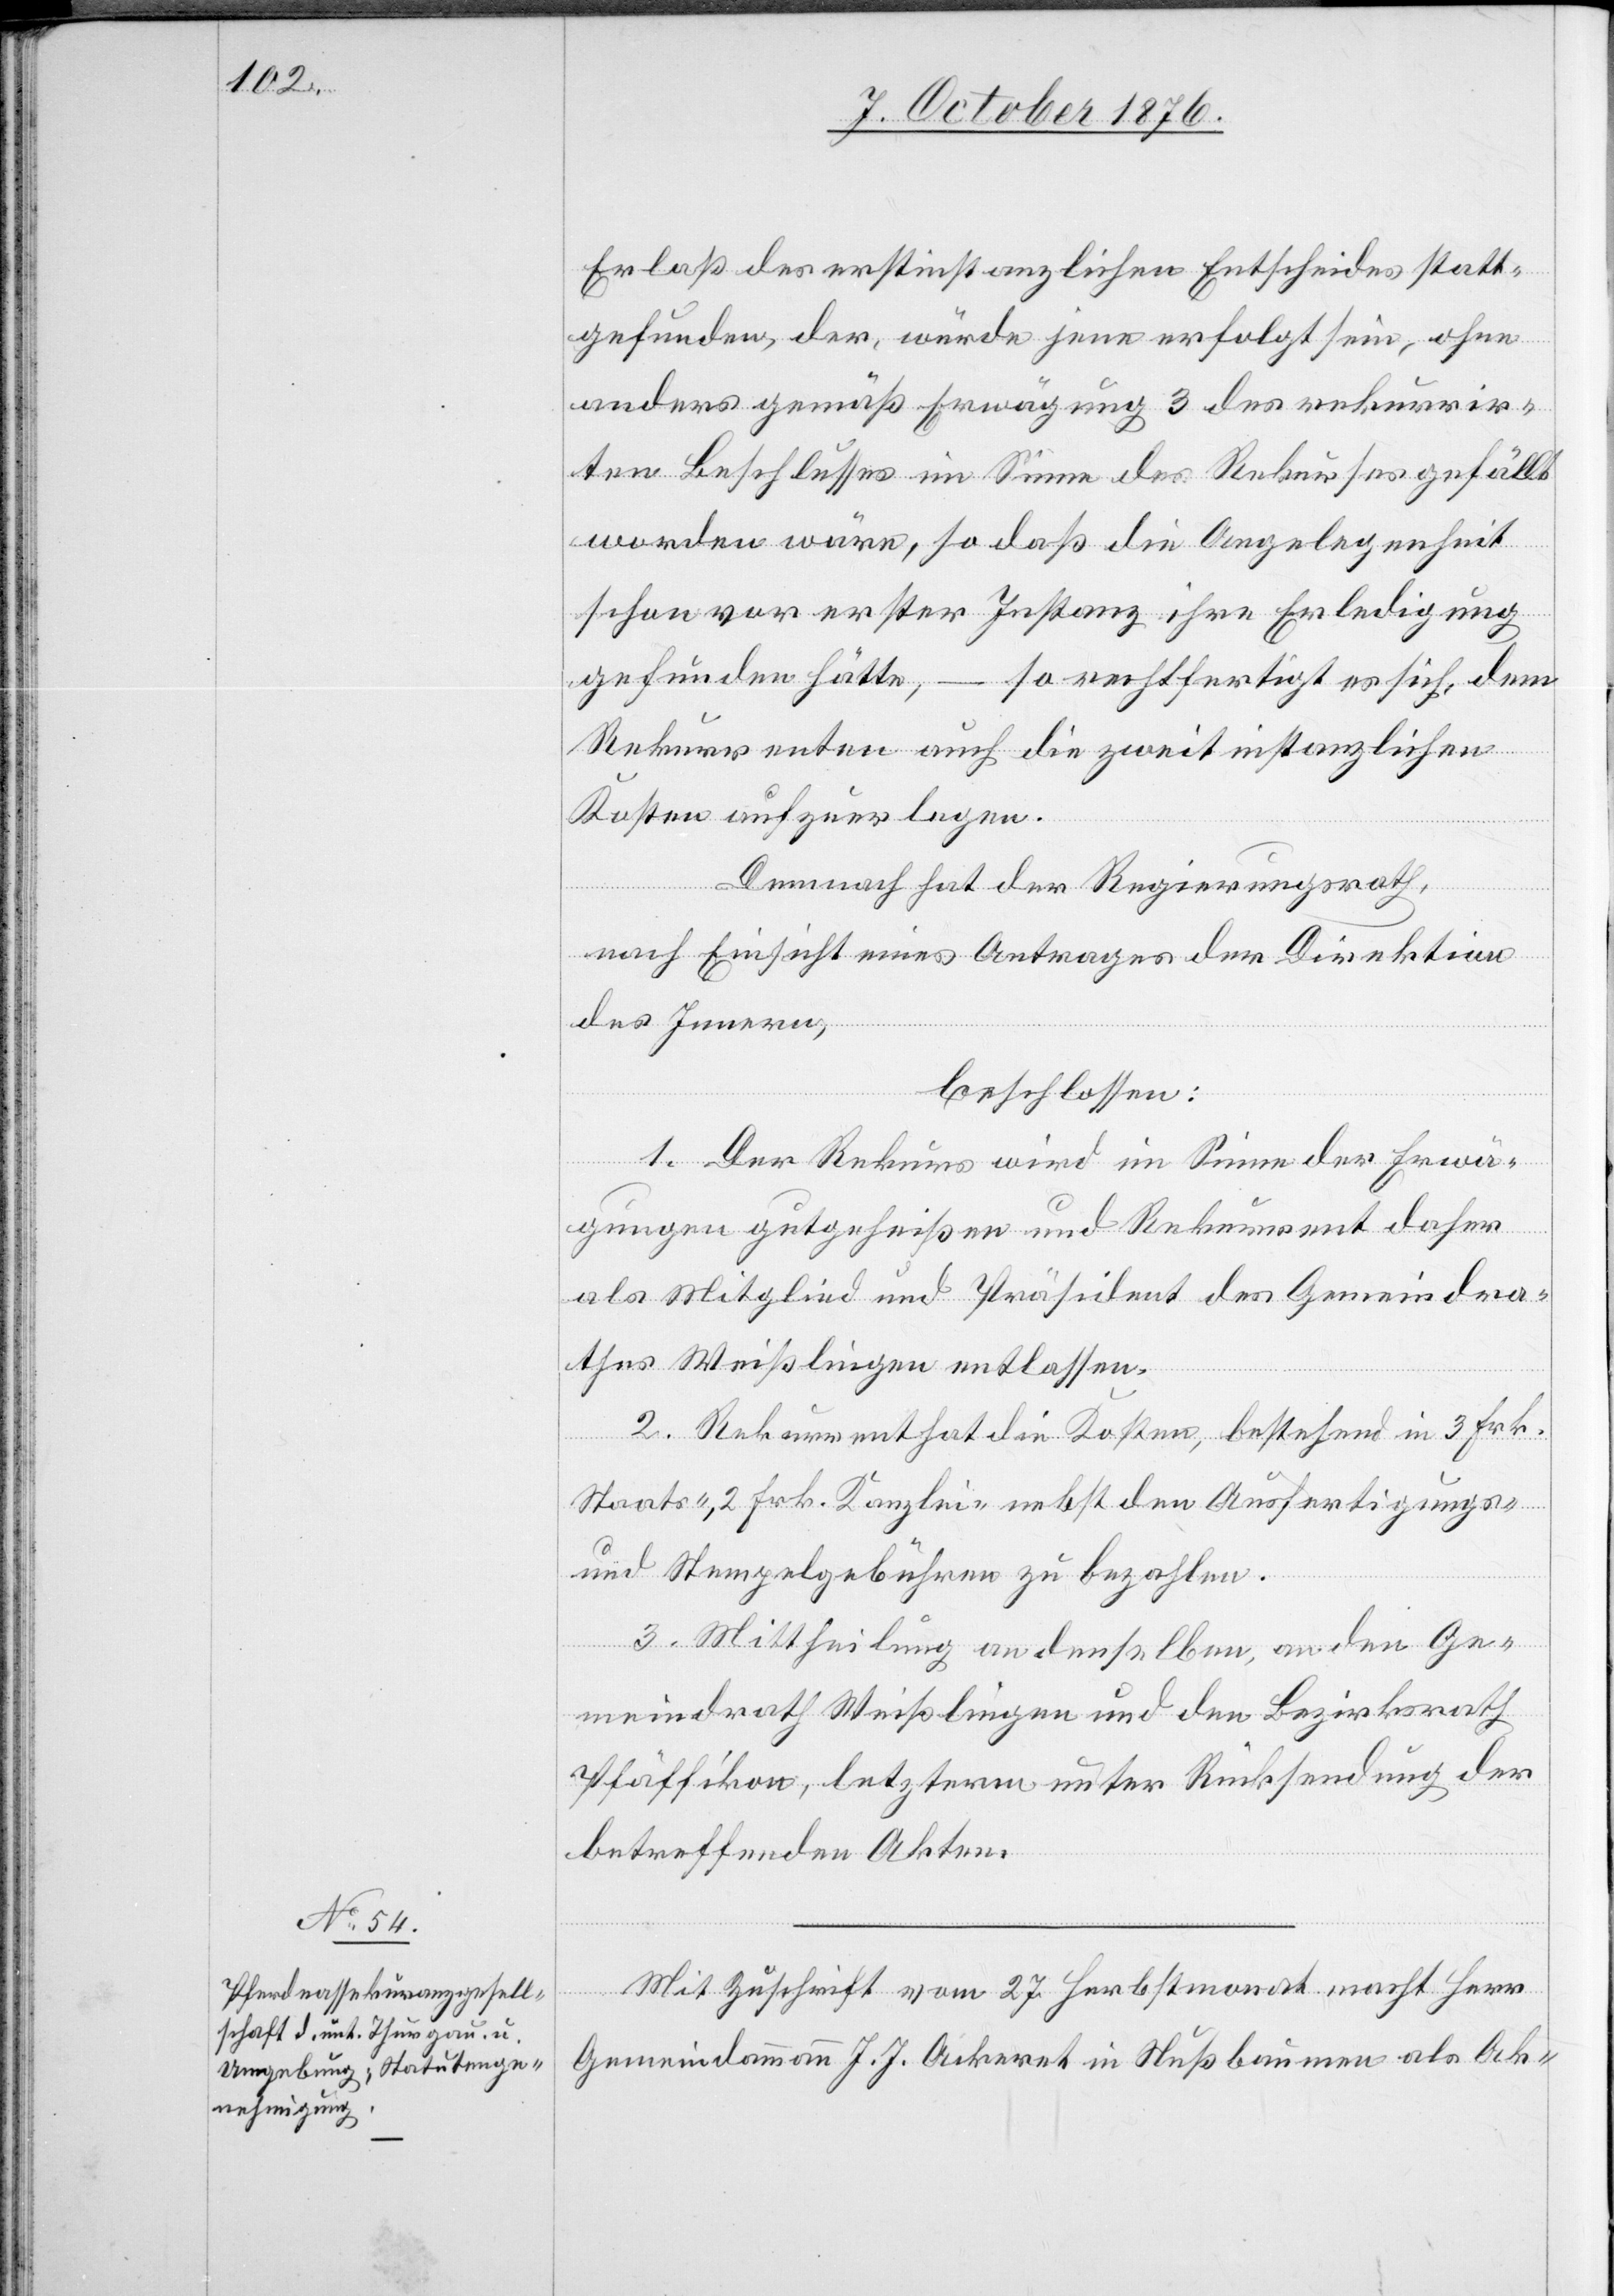
Erlaß des erstinstanzlichen Entscheides statt¬
gefunden, der, würde jene erfolgt sein, ohne
anders gemäß Erwägung 3 des rekurrir¬
ten Beschlusses im Sinne des Rekurses gefällt
worden wäre, so daß die Angelegenheit
schon vor erster Instanz ihre Erledigung
gefunden hätte, –
so rechtfertigt es sich, dem
Rekurrenten auch die zweitinstanzlichen
Kosten aufzuerlegen.
Demnach hat der Regierungsrath,
nach Einsicht eines Antrages der Direktion
des Innern,
beschlossen:
1. Der Rekurs wird im Sinne der Erwä¬
gungen gutgeheißen und Rekurrent daher
als Mitglied und Präsident des Gemeindra¬
thes Weißlingen entlassen.
2. Rekurrent hat die Kosten, bestehend in 3 Frk.
Staats- 2 Frk. Kanzlei- nebst den Ausfertigungs-
und Stempelgebühren zu bezahlen.
3. Mittheilung an denselben, an den Ge¬
meindrath Weißlingen und den Bezirksrath
Pfäffikon, letzterm unter Rücksendung der
betreffenden Akten.
Mit Zuschrift vom 27. Herbstmonat macht Herr
Gemeindammann J. J. Ackeret in Nußbaumen als Ak-